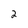
Character: 2